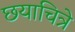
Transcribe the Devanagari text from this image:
छयाचित्रे